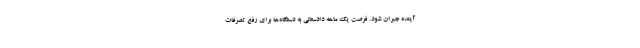
آینده جبران شود. فرصت یک ماهه دادستانی به دستگاه‌ها برای رفع تصرفات